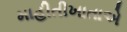
માહીતીખાતાએ